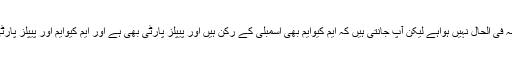
بے نظیر: جی پاکستان پیپلز پارٹی اور ایم کیوایم کا کوئی براہ راست رابطہ فی الحال نہیں ہواہے لیکن آپ جانتی ہیں کہ ایم کیوایم بھی اسمبلی کے رکن ہیں اور پیپلز پارٹی بھی ہے اور ایم کیوایم اور پیپلز پارٹی نے ماضی میں اکھٹے کام کیا ہے 1988 میں، پھر دور ہوگئے تھے ۔